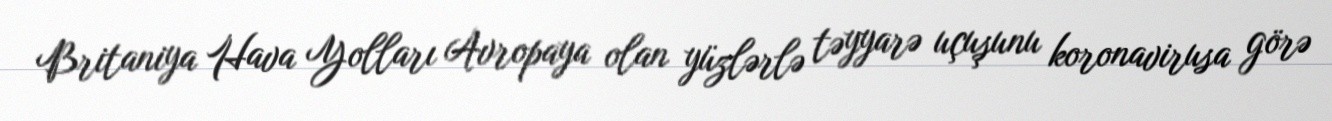
Britaniya Hava Yolları Avropaya olan yüzlərlə təyyarə uçuşunu koronavirusa görə